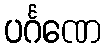
ပင်္ဂဏေ